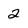
Character: 2